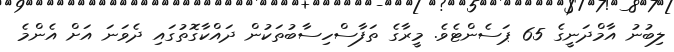
ލިބުނު އާމްދަނީގެ 65 ޕަސެންޓެވެ. މީރާގެ ތަފާސްހިސާބުތަކުން ދައްކާގޮތުގައި ދެވަނަ އަށް އެންމެ